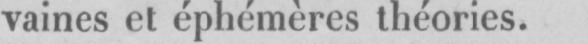
vaines et éphémères théories.